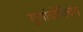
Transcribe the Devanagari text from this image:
गुणांबोधिदेव